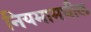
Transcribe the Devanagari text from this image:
नियमामधील